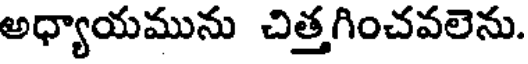
అధ్యాయమును చిత్తగించవలెను.